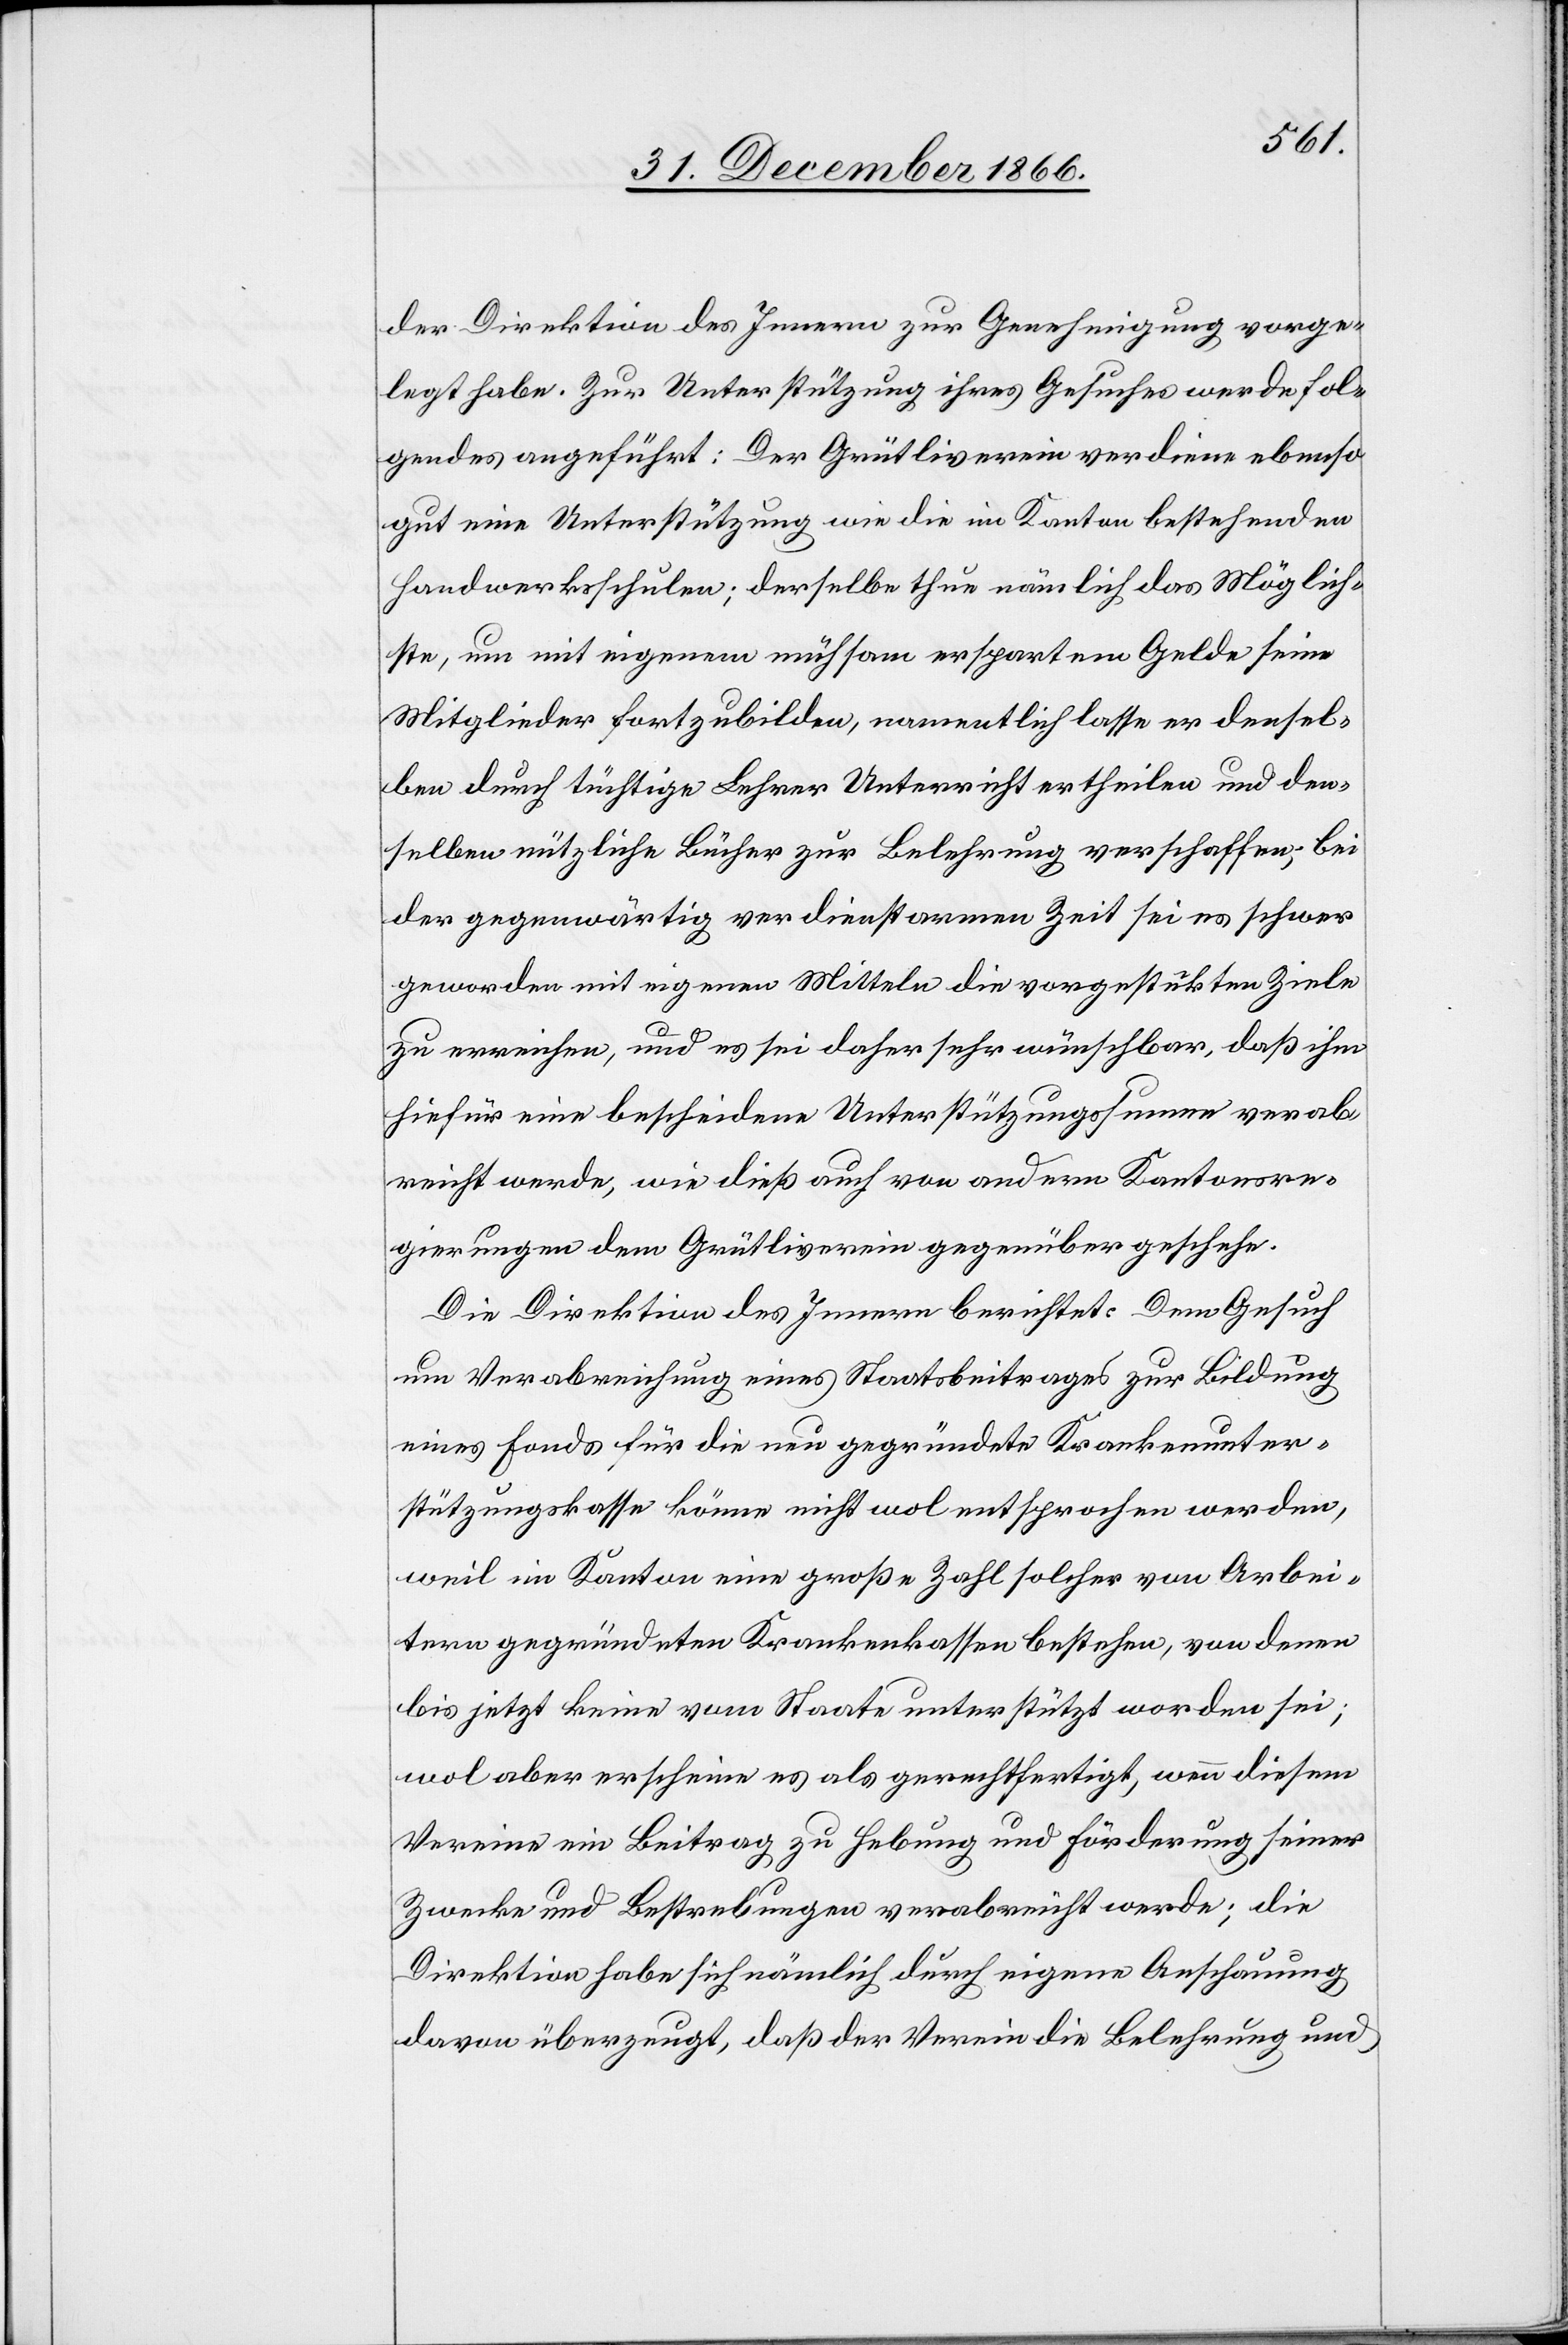
der Direktion des Innern zur Genehmigung vorge¬
legt habe. Zur Unterstützung ihres Gesuches werde fol¬
gendes angeführt: Der Grütliverein verdiene ebenso
gut eine Unterstützung wie die im Kanton bestehenden
Handwerksschulen; derselbe thue nämlich das Möglich¬
ste, um mit eigenem mühsam erspartem Gelde seine
Mitglieder fortzubilden, namentlich lasse er densel¬
ben durch tüchtige Lehrer Unterricht ertheilen und den¬
selben nützliche Bücher zur Belehrung verschaffen; bei
der gegenwärtig verdienstarmen Zeit sei es schwer
geworden mit eigenen Mitteln die vorgestükten [recte:
zu erreichen, und es sei daher sehr wünschbar, daß ihm
hiefür eine bescheidene Unterstützungssumme verab¬
reicht werde, wie dieß auch von andern Kantonsre¬
gierungen dem Grütliverein gegenüber geschehe.
Die Direktion des Innern berichtet: Dem Gesuch
um Verabreichung eines Staatsbeitrages zur Bildung
eines Fonds für die neu gegründete Krankenunter¬
stützungskasse könne nicht wol entsprochen werden,
weil im Kanton eine große Zahl solcher von Arbei¬
tern gegründeten Krankenkassen bestehen, von denen
bis jetzt keine vom Staate unterstützt worden sei;
wol aber erscheine es als gerechtfertigt, wenn diesem
Vereine ein Beitrag zu Hebung und Förderung seiner
Zwecke und Bestrebungen verabreicht werde; die
Direktion habe sich nämlich durch eigene Anschauung
davon überzeugt, daß der Verein die Belehrung und